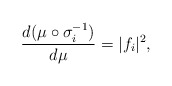
\begin{align*}\frac{d(\mu\circ\sigma_i^{-1})}{d\mu}=|f_i|^2,\end{align*}